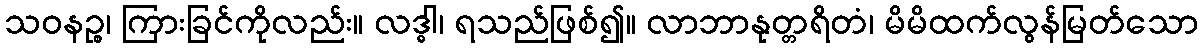
သဝနဉ္စ၊ ကြားခြင်ကိုလည်း။ လဒ္ဓါ၊ ရသည်ဖြစ်၍။ လာဘာနုတ္တရိတံ၊ မိမိထက်လွန်မြတ်သော